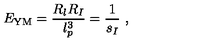
E _ { \mathrm { Y M } } = \frac { R _ { l } R _ { I } } { l _ { p } ^ { 3 } } = \frac { 1 } { s _ { I } } \ ,